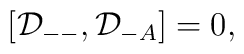
[{\cal D}_{--},{\cal D}_{-A}]=0,